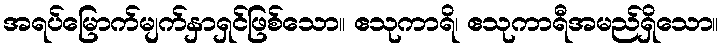
အရပ်မြောက်မျက်နှာရှင်ဖြစ်သော။ ဧသုကာရိ၊ ဧသုကာရီအမည်ရှိသော။